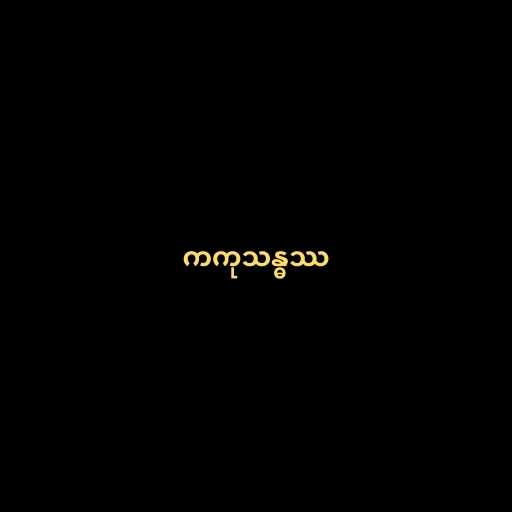
ကကုသန္ဓဿ